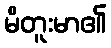
မိတူးမာ၏